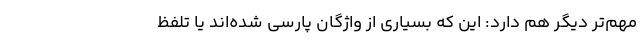
مهم‌تر دیگر هم دارد: این که بسیاری از واژگان پارسی شده‌اند یا تلفظ